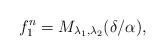
LaTeX: \begin{align*}f^{n}_{1}=M_{\lambda_{1},\lambda_{2}}(\delta/\alpha),\end{align*}